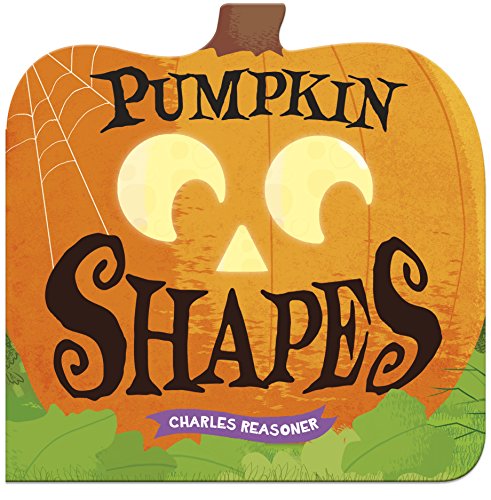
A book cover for Pumpkin Shapes (Charles Reasoner Halloween Books); Charles Reasoner; Children's Books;